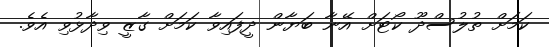
ކަމަށް ތުލުސްދޫ ކޯޓަށް އޭނާ ބަޔާން ދީފައިވާ ކަމަށް ގާޒީ ވިދާޅުވި އެވެ.